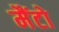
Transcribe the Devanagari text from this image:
मैंटो